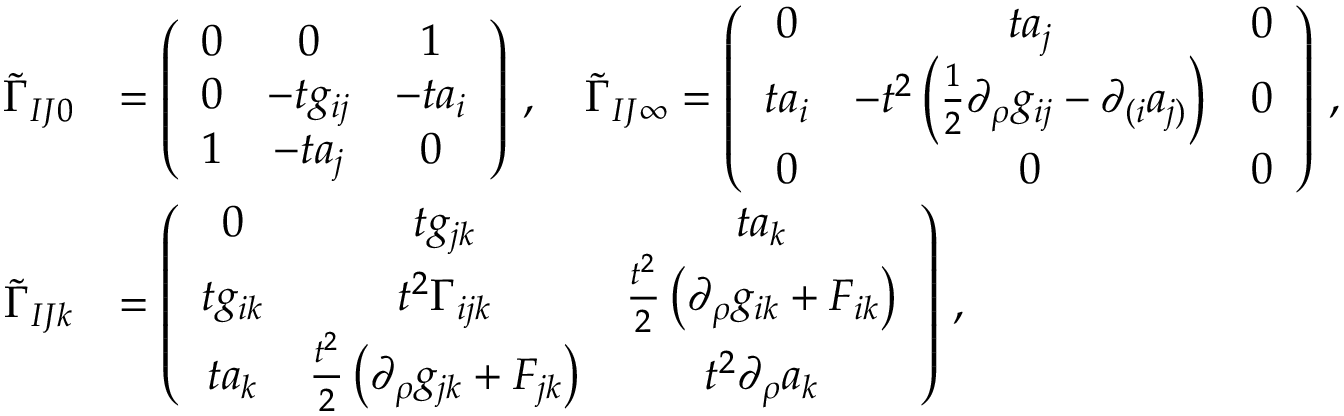
\begin{array} { r l } { \tilde { \Gamma } _ { I J 0 } } & { = \left( \begin{array} { c c c } { 0 } & { 0 } & { 1 } \\ { 0 } & { - t g _ { i j } } & { - t a _ { i } } \\ { 1 } & { - t a _ { j } } & { 0 } \end{array} \right) \, , \quad \tilde { \Gamma } _ { I J \infty } = \left( \begin{array} { c c c } { 0 } & { t a _ { j } } & { 0 } \\ { t a _ { i } } & { - t ^ { 2 } \left( \frac { 1 } { 2 } \partial _ { \rho } g _ { i j } - \partial _ { ( i } a _ { j ) } \right) } & { 0 } \\ { 0 } & { 0 } & { 0 } \end{array} \right) \, , } \\ { \tilde { \Gamma } _ { I J k } } & { = \left( \begin{array} { c c c } { 0 } & { t g _ { j k } } & { t a _ { k } } \\ { t g _ { i k } } & { t ^ { 2 } \Gamma _ { i j k } } & { \frac { t ^ { 2 } } { 2 } \left( \partial _ { \rho } g _ { i k } + F _ { i k } \right) } \\ { t a _ { k } } & { \frac { t ^ { 2 } } { 2 } \left( \partial _ { \rho } g _ { j k } + F _ { j k } \right) } & { t ^ { 2 } \partial _ { \rho } a _ { k } } \end{array} \right) \, , } \end{array}